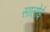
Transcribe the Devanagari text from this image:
सालोई